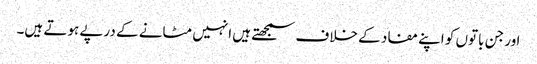
اور جن باتوں کو اپنے مفاد کے خلاف سمجھتے ہیں انہیں مٹانے کے درپے ہوتے ہیں۔